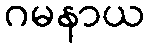
ဂမနာယ